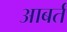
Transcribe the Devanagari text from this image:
आबर्त